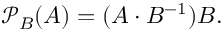
{ \mathcal { P } } _ { B } ( A ) = ( A \cdot B ^ { - 1 } ) B .